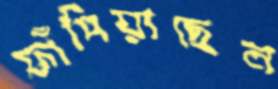
ফাঁপিয়াছেন